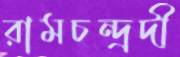
রামচন্দ্রদী